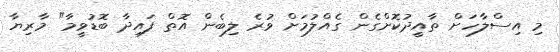
މި އިސްލާހަށް ތާއީދުކޮށްގެން ގެއްލުމަށް ވުރެ ލިބެން އޮތް ފައިދާ ބޮޑުވީމާ" މާރިޔާ